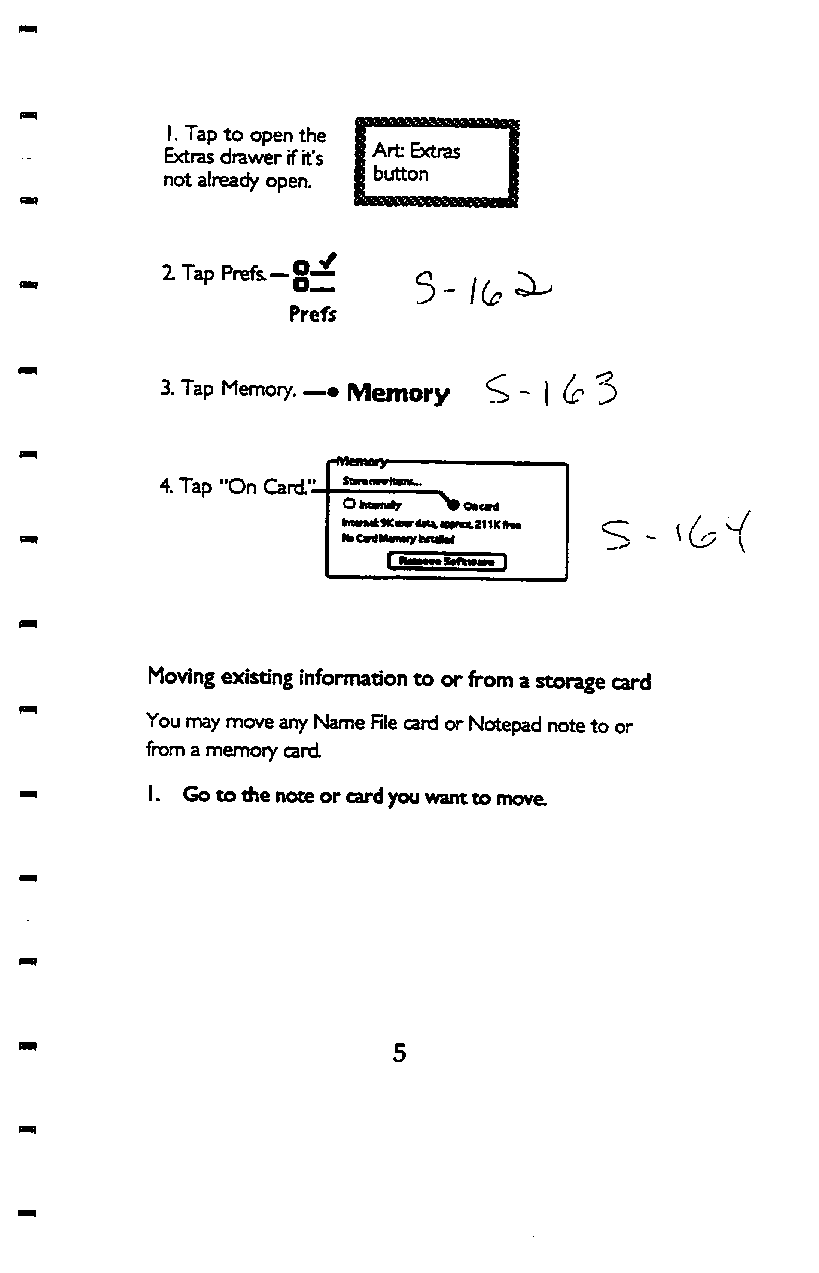
I. Tap to open the
 Extras drawer if it's i «tras
 not already open. | ^"tton
 2 Tap Prefs-OoJL- 3 - i g ^
 Pref5
 3. Tap Memory. IVIemory ^ ^ \ & 3
 4. Tap "On Card.'.
 OkROTiriy
 ItMTMkiKiMrtfK^KVMxatlKftM
 NtOrtfMmrytKtiM
 Moving existing information to or from a storage card
 You nray move any Name RIe card or Notepad note to or
 from a memory card
 I. Gotoihenoteor card you want to move.
 5